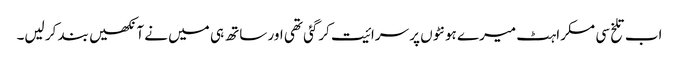
اب تلخ سی مسکراہٹ میرے ہونٹوں پر سرائیت کرگئی تھی اور ساتھ ہی میں نے آنکھیں بند کر لیں۔